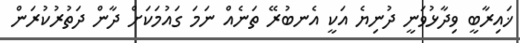
ޚައިރާބީ ވިދާޅުވަނީ ދުނިޔެ އަކީ އެނބުރޭ ތަނެއް ނަމަ ގައުމަކަށް ދާން ދަތުރުކުރަން